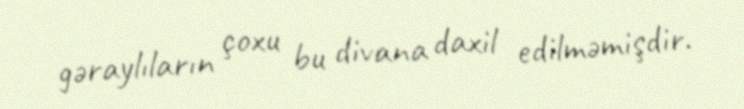
gəraylıların çoxu bu divana daxil edilməmişdir.